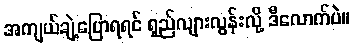
အကျယ်ချဲ့ပြောရရင် ရှည်လျားလွန်းလို့ ဒီလောက်ပဲ။